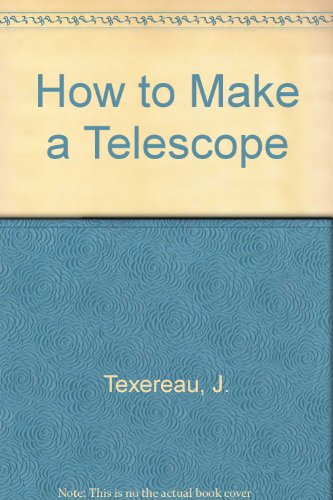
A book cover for How to Make a Telescope; J. Texereau; Science & Math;